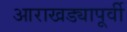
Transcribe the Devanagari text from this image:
आराखड्यापूर्वी